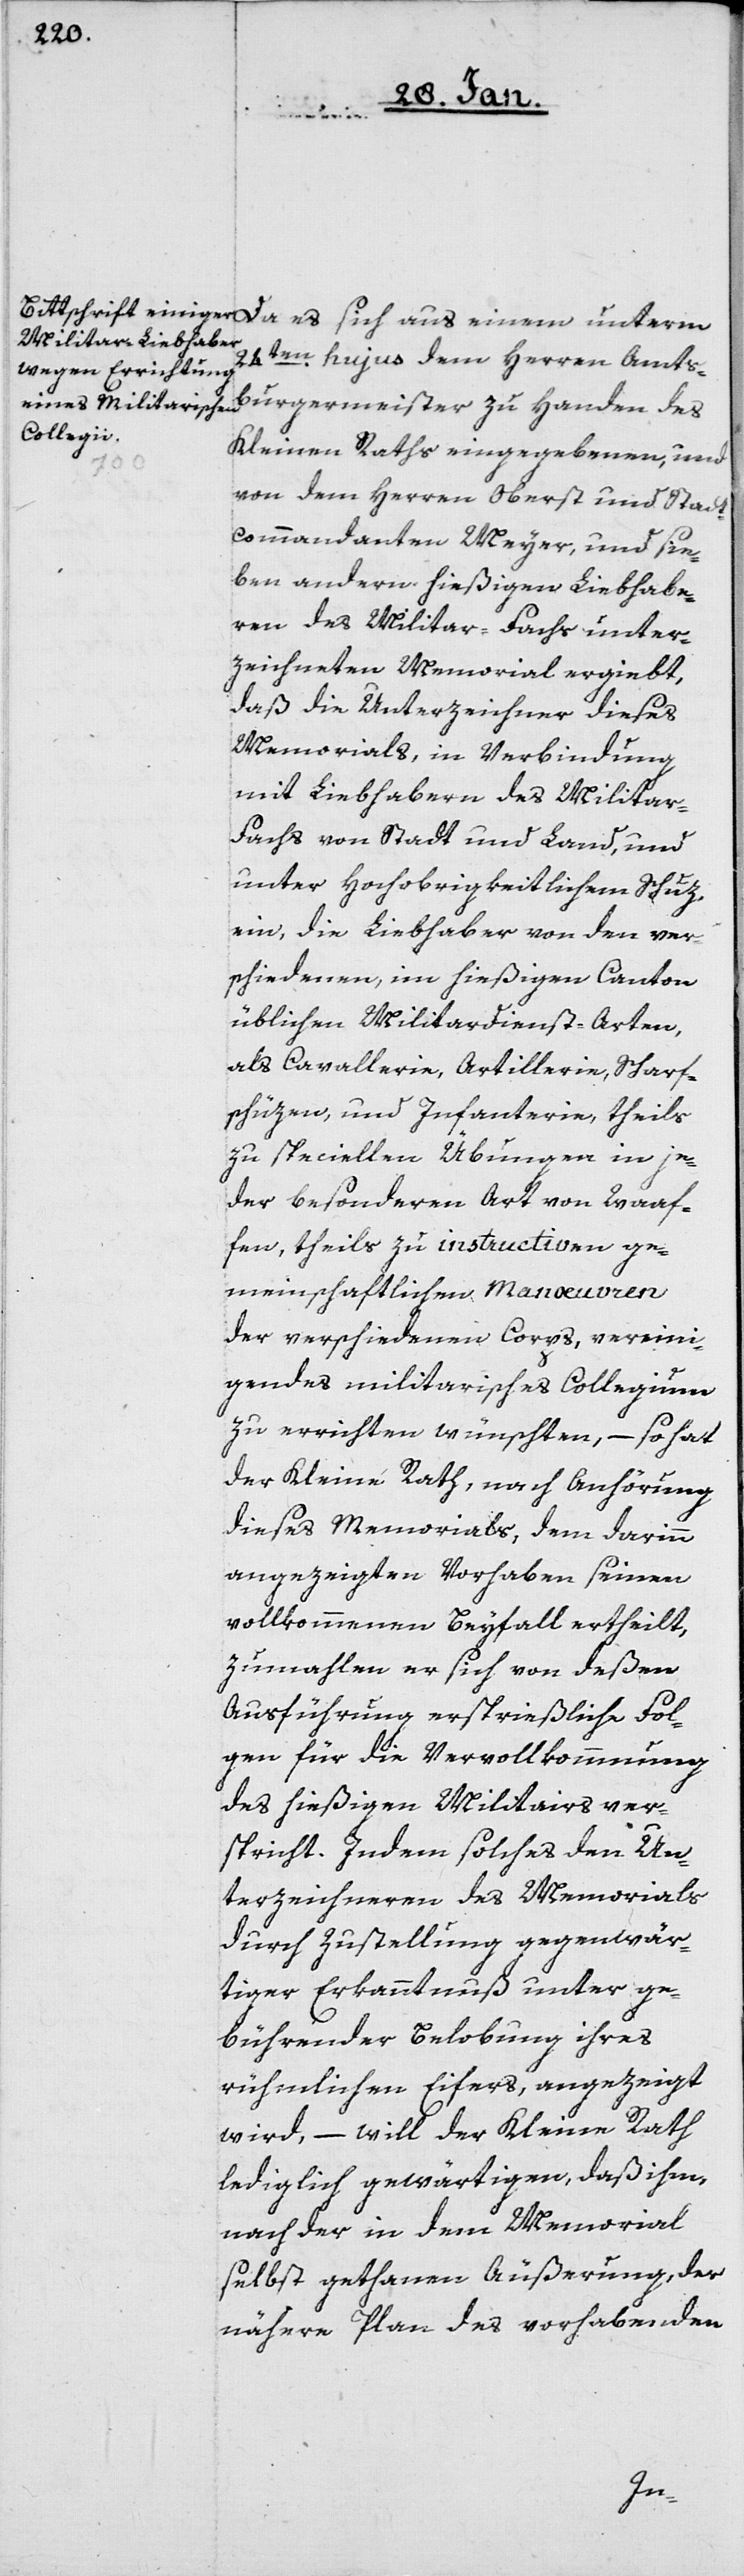
unterm
24ten. hujus dem Herren Amts¬
burgermeister zu Handen des
Kleinen Raths eingegebenen, und
von dem Herren Oberst und Stad¬
t-Commandanten Meyer, und sie¬
ben andern hießigen Liebhabe¬
ren des Militar-Fachs unter¬
zeichneten Memorial ergiebt,
daß die Unterzeichner dieses
Memorials, in Verbindung
mit Liebhabern des Militar-F¬
achs von Stadt und Land, und
unter Hochobrigkeitlichem Schuz
ein, die Liebhaber von den ver¬
schiedenen, im hießigen Canton
üblichen Militardienst-Arten,
als Cavallerie, Artillerie, Scharf¬
schüzen und Infanterie, theils
zu speciellen Übungen in je¬
der besonderen Art von Waaf¬
fen, theils zu instruction ge¬
meinschaftlichen Manoevren
der verschiedenen Corps, vereini¬
gendes militarisches Collegium
zu errichten wünschten, – so hat
der Kleine Rath, nach Anhörung
dieses Memorials, dem darinn
angezeigten Vorhaben seinen
vollkommenen Beyfall ertheilt,
zumahlen er sich von deßen
Ausführung ersprießliche Fol¬
gen für die Vervollkommnung
des hießigen Militairs ver¬
spricht. Indem solches den Un¬
terzeichneren des Memorials
durch Zustellung gegenwär¬
tiger Erkanntnuß unter ge¬
bührender Belobung ihres
rühmlichen Eifers, angezeigt
wird, – will der Kleine Rath
lediglich gewärtigen, daß ihm,
nach der in dem Memorial
selbst gethanen Äußerung, der
nähere Plan des vorhabenden